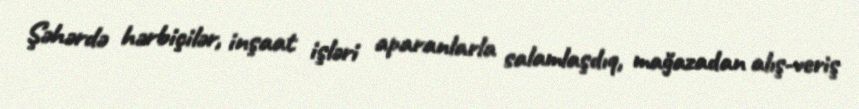
Şəhərdə hərbiçilər, inşaat işləri aparanlarla salamlaşdıq, mağazadan alış-veriş